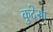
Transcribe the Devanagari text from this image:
कुदेसा